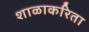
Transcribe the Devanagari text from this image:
शाळाकरिता